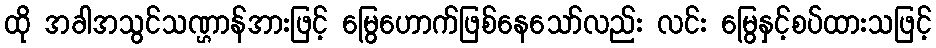
ထို အခါအသွင်သဏ္ဌာန်အားဖြင့် မြွေဟောက်ဖြစ်နေသော်လည်း လင်း မြွေနှင့်စပ်ထားသဖြင့်